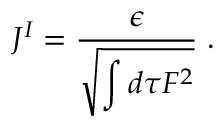
J ^ { I } = { \frac { \epsilon } { \displaystyle \sqrt { \int d \tau F ^ { 2 } } } } \; .